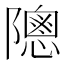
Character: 䧭